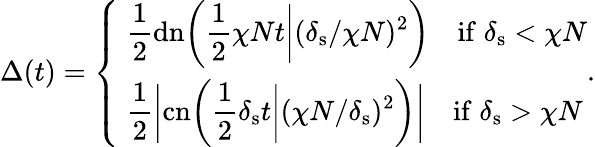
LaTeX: \Delta(t)=\left\{ \begin{array}{ll}{\displaystyle\; \frac{1}{2}\mathrm{dn}\bigg(\frac{1}{2}\chi Nt\bigg|(\delta_{\mathrm{s}}/\chi N)^{2}\bigg)\quad\mathrm{if}\; \delta_{\mathrm{s}}<\chi N}\\ {\displaystyle\; \frac{1}{2}\bigg|\mathrm{cn}\bigg(\frac{1}{2}\delta_{\mathrm{s}}t\bigg|(\chi N/\delta_{\mathrm{s}})^{2}\bigg)\bigg|\quad\mathrm{if}\; \delta_{\mathrm{s}}>\chi N}\end{array}\right..